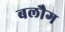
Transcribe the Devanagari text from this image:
बलौग